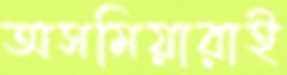
অসমিয়ারাই